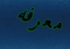
معرفه